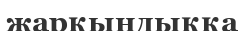
жарқындыққа